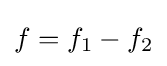
f=f_{1}-f_{2}